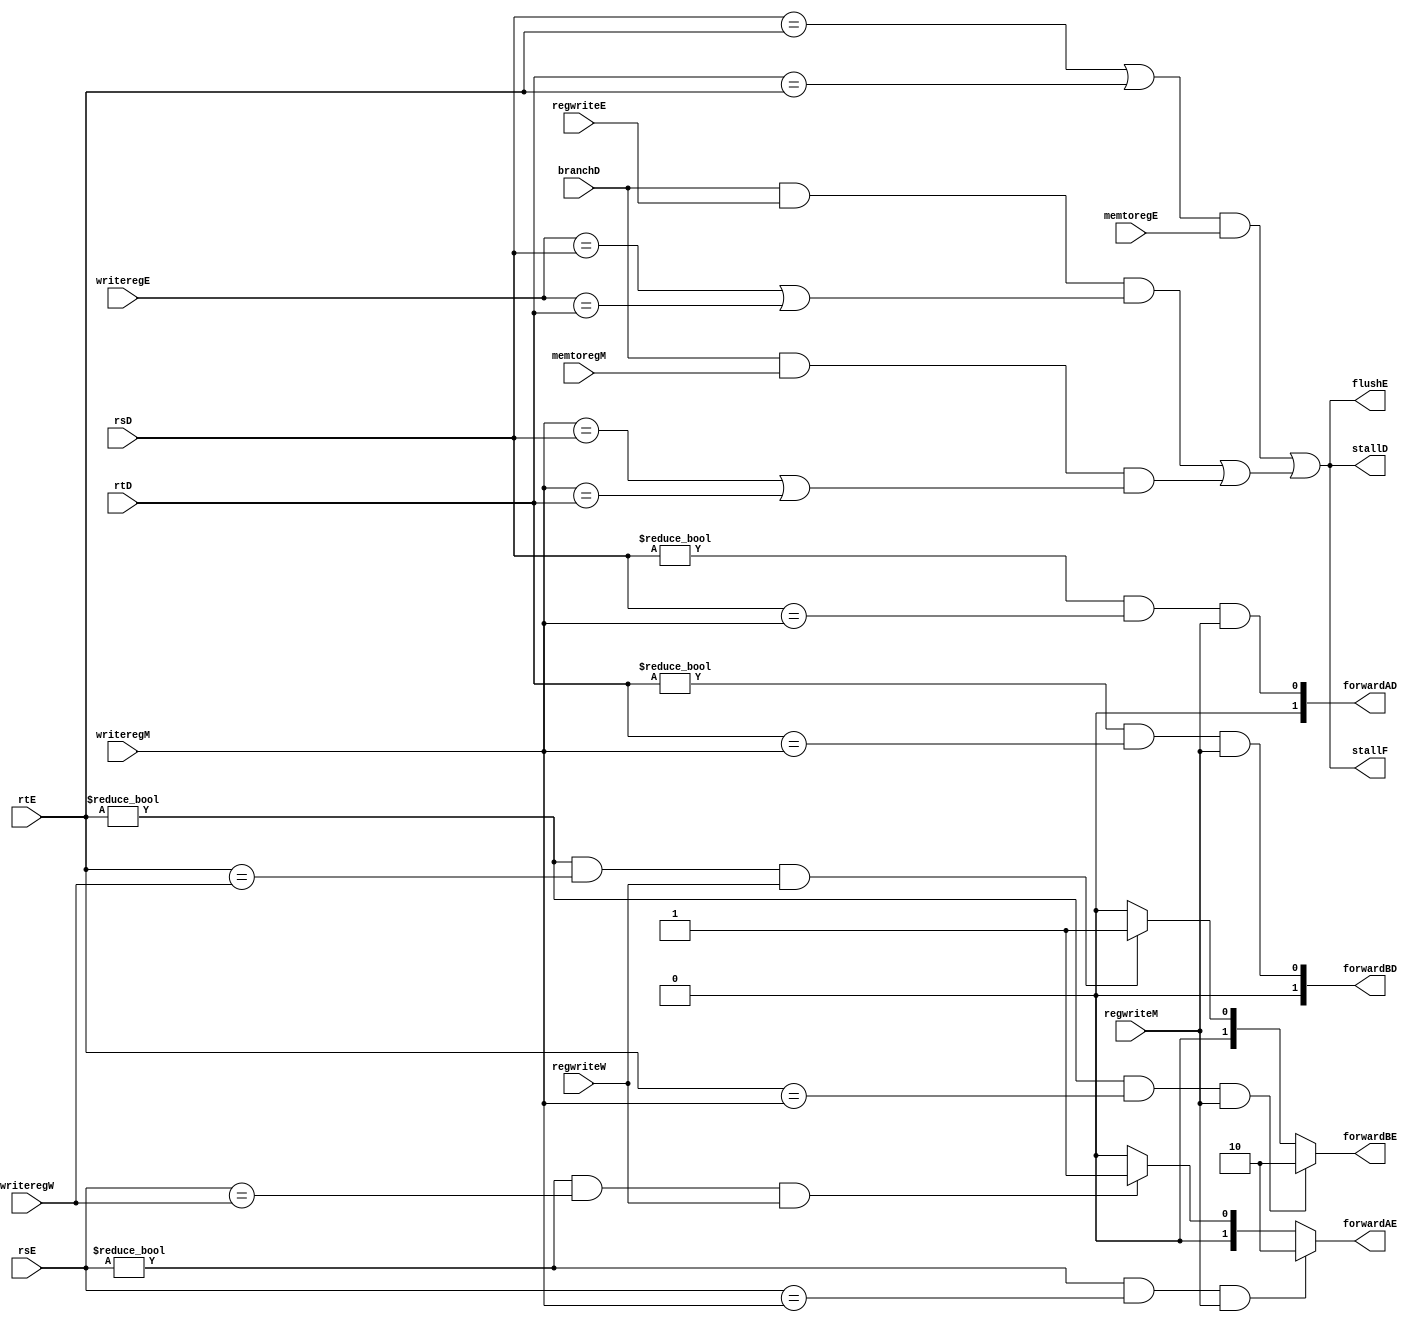
`timescale 1ns / 1ps
//////////////////////////////////////////////////////////////////////////////////
// Company: 
// Engineer: 
// 
// Design Name: 
// Module Name: hazard
// Project Name: 
// Target Devices: 
// Tool Versions: 
// Description: 
// 
// Dependencies: 
// 
// Revision:
// Revision 0.01 - File Created
// Additional Comments:
// 
//////////////////////////////////////////////////////////////////////////////////


module hazard(
    input wire [4:0] rsD, rtD, rsE, rtE, writeregE, writeregM, writeregW,
    input wire regwriteE, regwriteM, regwriteW, memtoregE,memtoregM, branchD,
    output wire [1:0] forwardAE, forwardBE, forwardAD, forwardBD,
    output wire stallF, stallD, flushE
    );
    
assign forwardAE = ((rsE != 5'b0) & (rsE == writeregM) & regwriteM) ? 2'b10:
                   ((rsE != 5'b0) & (rsE == writeregW) & regwriteW) ? 2'b01: 2'b00;
//                        : 2'b00;
                        
assign forwardBE = ((rtE != 5'b0) & (rtE == writeregM) & regwriteM) ? 2'b10:
                   ((rtE != 5'b0) & (rtE == writeregW) & regwriteW) ? 2'b01: 2'b00;
//                        : 2'b00;

assign forwardAD = ((rsD != 5'b0) & (rsD == writeregM)) & regwriteM;
assign forwardBD = ((rtD != 5'b0) & (rtD == writeregM)) & regwriteM;

wire lwstall, branch_stall;
assign lwstall = ((rsD == rtE) | (rtD == rtE)) && memtoregE;
assign branch_stall = branchD & regwriteE &((writeregE == rsD) |  (writeregE == rtD)) |
                        branchD & memtoregM &((writeregM == rsD) |  (writeregM == rtD));

assign stallF = lwstall | branch_stall;
assign stallD = lwstall | branch_stall;
assign flushE = lwstall | branch_stall;

always @(*) begin
    $display("hazard,lwstall:%b,branch_stall:%b",lwstall, branch_stall);
end
                        
endmodule